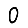
Digit: 0